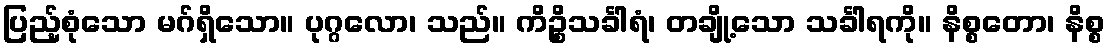
ပြည့်စုံသော မဂ်ရှိသော။ ပုဂ္ဂလော၊ သည်။ ကိဉ္စိသင်္ခါရံ၊ တချို့သော သင်္ခါရကို။ နိစ္စတော၊ နိစ္စ